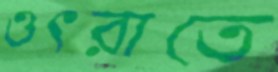
ওৎরাতে